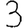
Digit: 3